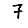
Digit: 7